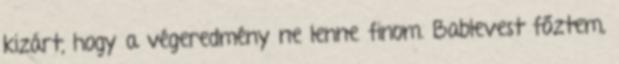
kizárt, hogy a végeredmény ne lenne finom. Bablevest főztem,